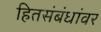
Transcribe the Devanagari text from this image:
हितसंबंधांवर